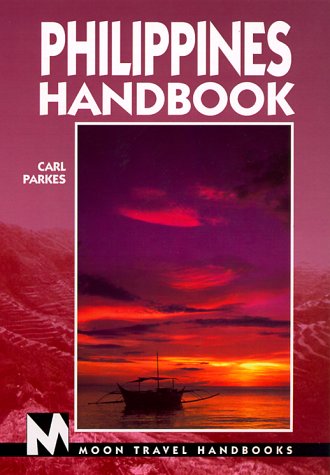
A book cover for Philippines (Moon Handbooks Philippines); Carl Parkes; Travel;